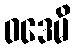
ဝဒေမိ